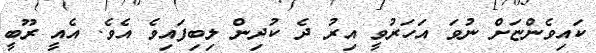
ކައިވެންޏަށް ނުވަ އަހަރުވީ އިރު ދެ ކުދިން ލިބިފައިވެ އެވެ. އެއީ ރޫބީ